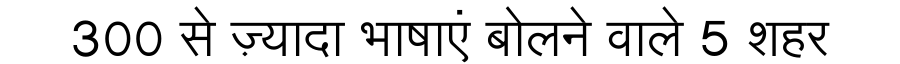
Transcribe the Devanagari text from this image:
300 से ज़्यादा भाषाएं बोलने वाले 5 शहर